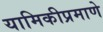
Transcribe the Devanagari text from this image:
यामिकीप्रमाणे